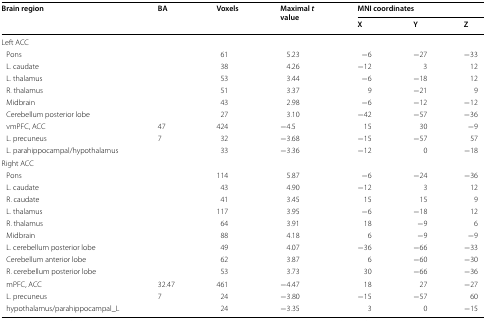
| <ROWSPAN=2> Brain region | <ROWSPAN=2> BA | <ROWSPAN=2> Voxels | <ROWSPAN=2> Maximal tvalue | <COLSPAN=3> MNI coordinates |
 | X | Y | Z |
 | --- | --- | --- | --- | --- | --- | --- |
 | <COLSPAN=7> Left ACC |
 | Pons |  | 61 | 5.23 | −6 | −27 | −33 |
 | L. caudate |  | 38 | 4.26 | −12 | 3 | 12 |
 | L. thalamus |  | 53 | 3.44 | −6 | −18 | 12 |
 | R. thalamus |  | 51 | 3.37 | 9 | −21 | 9 |
 | Midbrain |  | 43 | 2.98 | −6 | −12 | −12 |
 | Cerebellum posterior lobe |  | 27 | 3.10 | −42 | −57 | −36 |
 | vmPFC, ACC | 47 | 424 | −4.5 | 15 | 30 | −9 |
 | L. precuneus | 7 | 32 | −3.68 | −15 | −57 | 57 |
 | L. parahippocampal/hypothalamus |  | 33 | −3.36 | −12 | 0 | −18 |
 | <COLSPAN=7> Right ACC |
 | Pons |  | 114 | 5.87 | −6 | −24 | −36 |
 | L. caudate |  | 43 | 4.90 | −12 | 3 | 12 |
 | R. caudate |  | 41 | 3.45 | 15 | 15 | 9 |
 | L. thalamus |  | 117 | 3.95 | −6 | −18 | 12 |
 | R. thalamus |  | 64 | 3.91 | 18 | −9 | 6 |
 | Midbrain |  | 88 | 4.18 | 6 | −9 | −9 |
 | L. cerebellum posterior lobe |  | 49 | 4.07 | −36 | −66 | −33 |
 | Cerebellum anterior lobe |  | 62 | 3.87 | 6 | −60 | −30 |
 | R. cerebellum posterior lobe |  | 53 | 3.73 | 30 | −66 | −36 |
 | mPFC, ACC | 32.47 | 461 | −4.47 | 18 | 27 | −27 |
 | L. precuneus | 7 | 24 | −3.80 | −15 | −57 | 60 |
 | hypothalamus/parahippocampal_L |  | 24 | −3.35 | 3 | 0 | −15 |